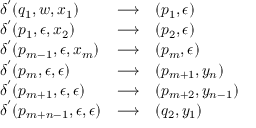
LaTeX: \begin{array} { l c l } { \delta ^ { ' } ( q _ { 1 } , w , x _ { 1 } ) } & { \longrightarrow } & { ( p _ { 1 } , \epsilon ) } \\ { \delta ^ { ' } ( p _ { 1 } , \epsilon , x _ { 2 } ) } & { \longrightarrow } & { ( p _ { 2 } , \epsilon ) } \\ { \delta ^ { ' } ( p _ { m - 1 } , \epsilon , x _ { m } ) } & { \longrightarrow } & { ( p _ { m } , \epsilon ) } \\ { \delta ^ { ' } ( p _ { m } , \epsilon , \epsilon ) } & { \longrightarrow } & { ( p _ { m + 1 } , y _ { n } ) } \\ { \delta ^ { ' } ( p _ { m + 1 } , \epsilon , \epsilon ) } & { \longrightarrow } & { ( p _ { m + 2 } , y _ { n - 1 } ) } \\ { \delta ^ { ' } ( p _ { m + n - 1 } , \epsilon , \epsilon ) } & { \longrightarrow } & { ( q _ { 2 } , y _ { 1 } ) } \end{array}